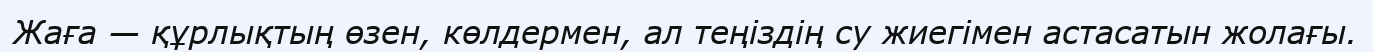
Жаға — құрлықтың өзен, көлдермен, ал теңіздің су жиегімен астасатын жолағы.